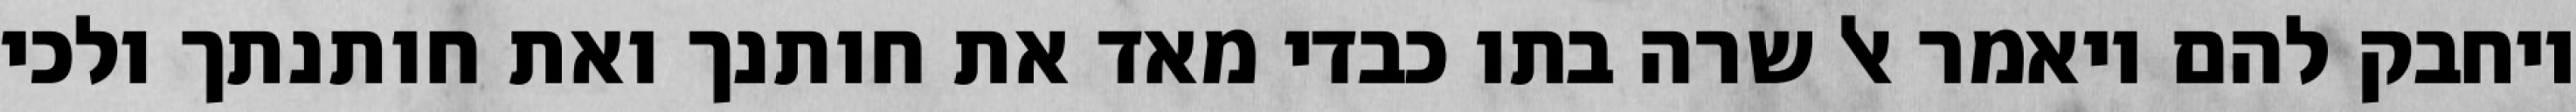
ויחבק להם ויאמר אל שרה בתו כבדי מאד את חותנך ואת חותנתך ולכי